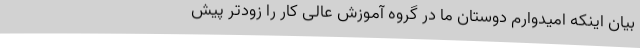
بیان اینکه امیدوارم دوستان ما در گروه آموزش عالی کار را زودتر پیش